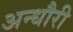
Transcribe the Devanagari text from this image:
अन्धौरी